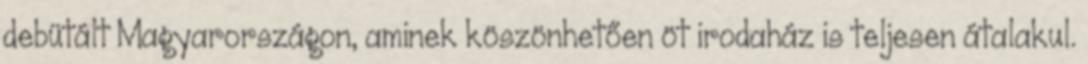
debütált Magyarországon, aminek köszönhetően öt irodaház is teljesen átalakul.